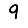
Digit: 9